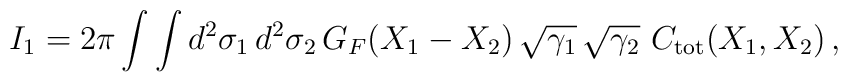
I_1 = 2\pi \int \int d^2 \sigma_1 \, d^2 \sigma_2 \, G_F (X_1 -X_2) \, \sqrt{\gamma_1} \, \sqrt{\gamma_2} \ C_{\rm tot} (X_1 , X_2) \,,